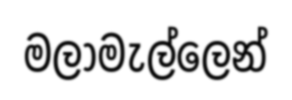
මලාමැල්ලෙන්